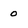
Character: 0